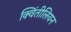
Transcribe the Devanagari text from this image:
क्विंतीलियन